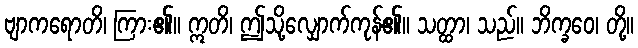
ဗျာကရောတိ၊ ကြား၏။ ဣတိ၊ ဤသို့လျှောက်ကုန်၏။ သတ္ထာ၊ သည်။ ဘိက္ခဝေ၊ တို့။